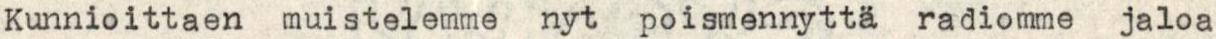
Kunnioittaen muistelemme nyt poismennyttä radiomme jaloa